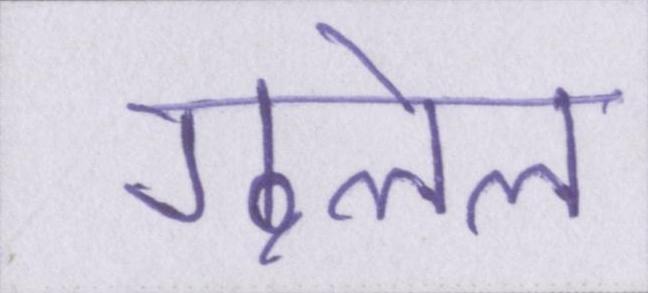
गुलेल